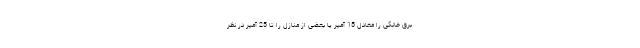
برق خانگی را معادل 15 آمپر یا بعضی از منازل را تا 25 آمپر در نظر